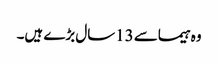
وہ ہیماسے 13سال بڑے ہیں۔